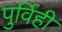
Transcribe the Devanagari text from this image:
पुर्विही